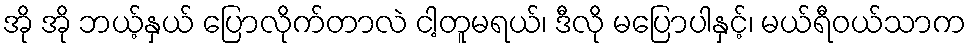
အို အို ဘယ့်နှယ် ပြောလိုက်တာလဲ ငါ့တူမရယ်၊ ဒီလို မပြောပါနှင့်၊ မယ်ရီဝယ်သာက